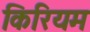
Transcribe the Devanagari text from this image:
किरियम